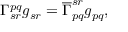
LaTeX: \Gamma _ { s r } ^ { p q } g _ { s r } = \overline { { { \Gamma } } } _ { p q } ^ { s r } g _ { p q } ,